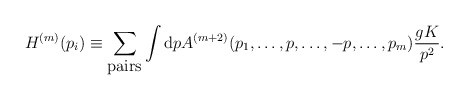
\begin{align*}H^{(m)}(p_i) \equiv\sum_{\hbox{pairs}}\int {\rm d}p A^{(m+2)}(p_1,\dots,p,\dots,-p,\dots,p_m) {gK\over p^2}.\end{align*}